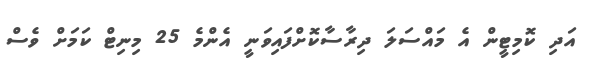
އަދި ކޮމިޓީން އެ މައްސަލަ ދިރާސާކޮށްފައިވަނީ އެންމެ 25 މިނިޓް ކަމަށް ވެސް